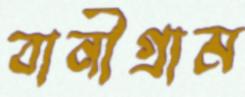
বানীগ্রাম